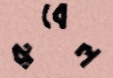
রুবেল